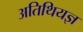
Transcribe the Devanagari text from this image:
अतिथियज्ञ